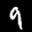
Label: 9